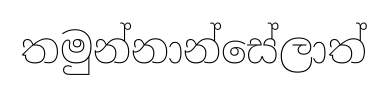
තමුන්නාන්සේලාත්